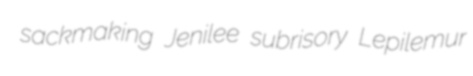
sackmaking Jenilee subrisory Lepilemur